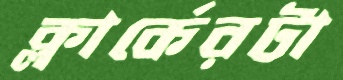
ক্লার্কেরটা